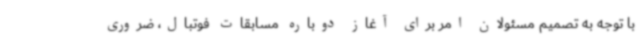
با توجه به تصمیم مسئولان امر برای آغاز دوباره مسابقات فوتبال، ضروری